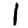
Digit: 1